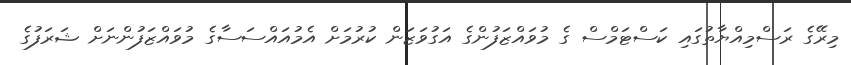
މިރޭގެ ރަސްމިއްޔާތުގައި ކަސްޓަމްސް ގެ މުވައްޒަފުންގެ އަގުވަޒަން ކުރުމަށް އެމުއައްސަސާގެ މުވައްޒަފުންނަށް ޝަރަފުގެ